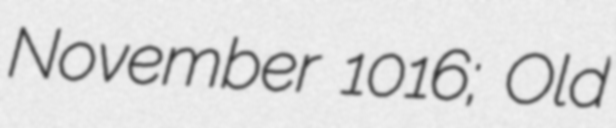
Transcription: November 1016; Old